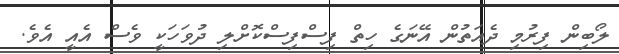
ލޯބިން ފިރުމި ދެއަތުން އޭނަގެ ހިތް ފިސްފިސްކޮށްލި ދުވަހަކީ ވެސް އެއީ އެވެ.